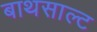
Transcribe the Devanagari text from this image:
बाथसाल्ट